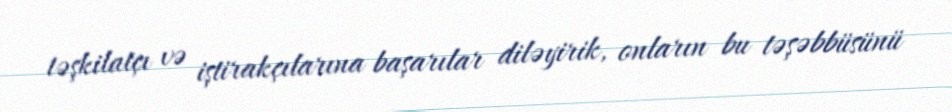
təşkilatçı və iştirakçılarına başarılar diləyirik, onların bu təşəbbüsünü